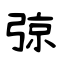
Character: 弶